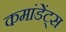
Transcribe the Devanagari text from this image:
कमांडेंट्स